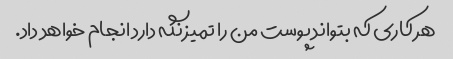
هر کاری که بتواند پوست من را تمیز نگه دارد انجام خواهد داد.